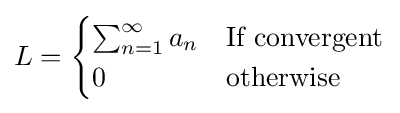
L={\begin{cases}\sum _{n=1}^{\infty }a_{n}&{\text{If convergent}}\\0&{\text{otherwise}}\end{cases}}